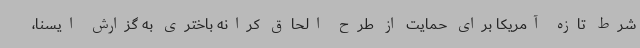
شرط تازه آمریکا برای حمایت از طرح الحاق کرانه باختری به گزارش ایسنا،